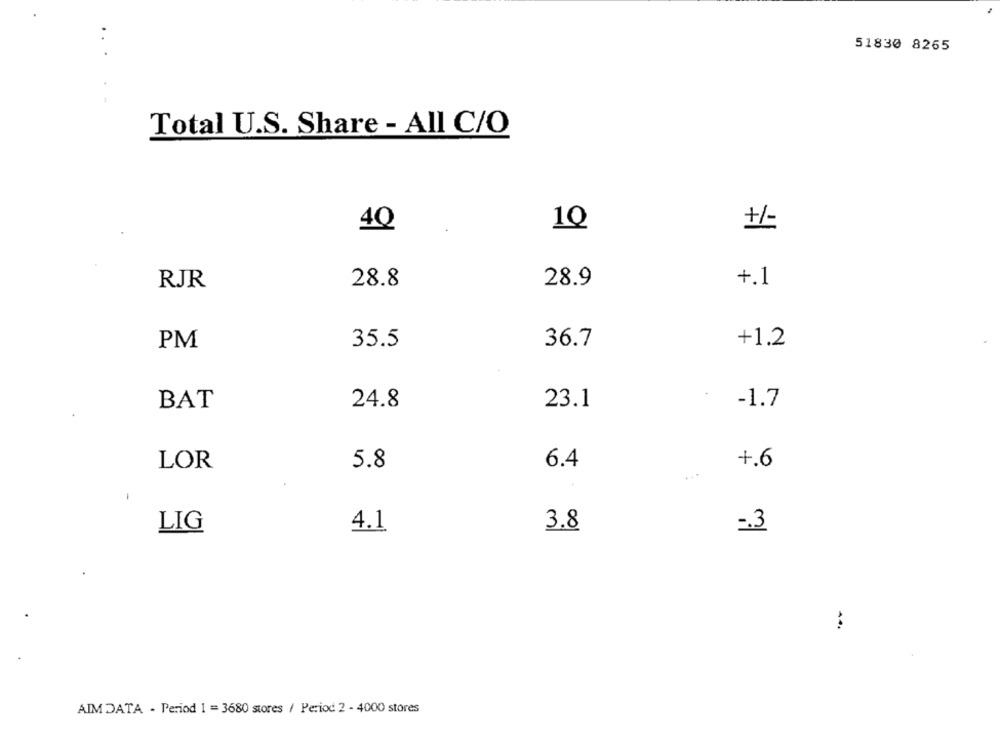
51830 8265
Total U.S. Share - All C/O
40
1Q
28.9
+.1
RJR
28.8
+1.2
PM
35.5
36.7
BAT
24.8
23.1
-1.7
LOR
5.8
6.4
+.6
4.1
3.8
LIG
-. 3
AIM DATA - Period 1 = 3680 stores / Period 2 - 4000 stores